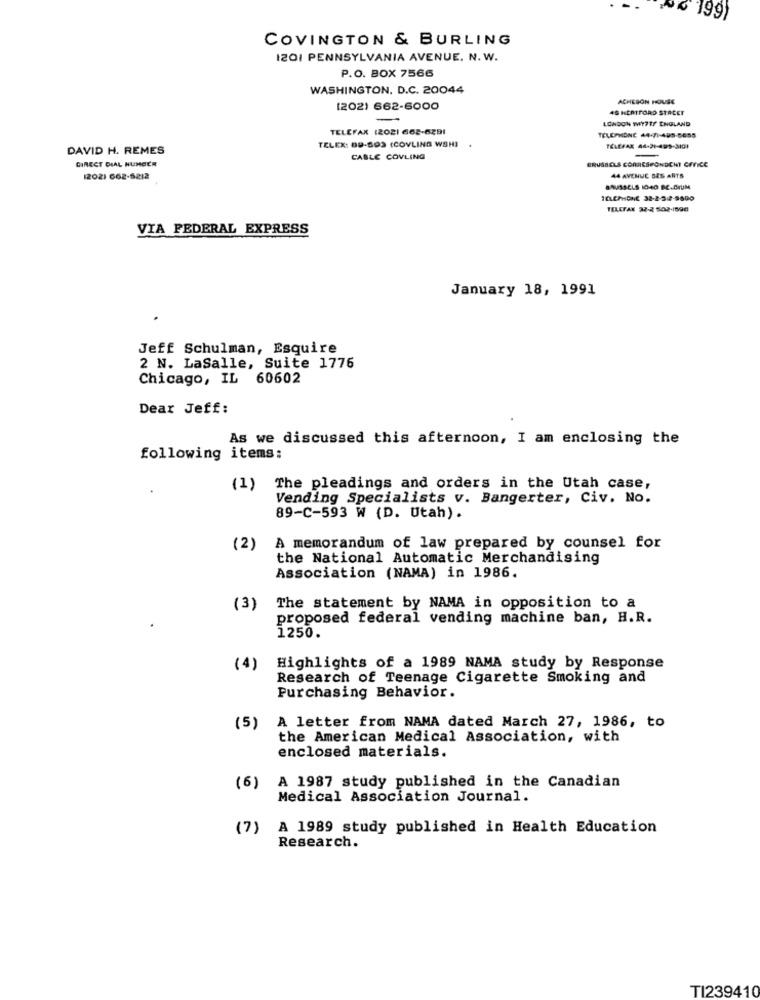
26 199)
COVINGTON & BURLING
I201 PENNSYLVANIA AVENUE. N. W.
P.O. BOX 7566
WASHINGTON, D.C. 20044
ACHESON HOUSE
(202) 662-6000
45 HERTFORD STACET
-
LONDON WWY717 ENGLAND
TELEFAX (2021 662-6291
TELEX: 89-893 (COVLING WSHI
TELEPHONE 44-71-495-5685
DAVID H. REMES
TELEFAX 44-21-499-3101
DIRECT DIAL NUMBER
CABLE COVLING
BRUSSELS COMICSFONDENT CEVICE
1202) 662-5212
44 AVENUE DES ARTS
TEL.ChiOne 32-2-3:4-9690
TELEFAX 32-2 502-1590
VIA FEDERAL EXPRESS
January 18, 1991
Jeff Schulman, Esquire
2 N. LaSalle, Suite 1776
Chicago, IL 60602
Dear Jeff:
As we discussed this afternoon, I am enclosing the
following items:
(1) The pleadings and orders in the Utah case,
Vending Specialists v. Bangerter, Civ. No.
89-C-593 W (D. Utah).
(2)
A memorandum of law prepared by counsel for
the National Automatic Merchandising
Association (NAMA) in 1986.
(3)
The statement by NAMA in opposition to a
proposed federal vending machine ban, H.R.
1250.
(4)
Highlights of a 1989 NAMA study by Response
Research of Teenage Cigarette Smoking and
Purchasing Behavior.
A letter from NAMA dated March 27, 1986, to
(5)
the American Medical Association, with
enclosed materials.
(6)
A 1987 study published in the Canadian
Medical Association Journal.
(7)
A 1989 study published in Health Education
Research.
TI239410